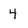
Character: 4